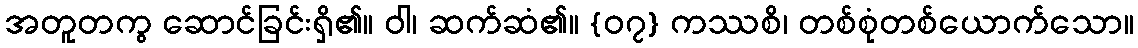
အတူတကွ ဆောင်ခြင်းရှိ၏။ ဝါ၊ ဆက်ဆံ၏။ {၀၇} ကဿစိ၊ တစ်စုံတစ်ယောက်သော။